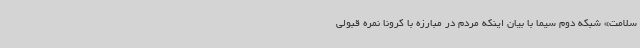
سلامت» شبکه دوم سیما با بیان اینکه مردم در مبارزه با کرونا نمره قبولی